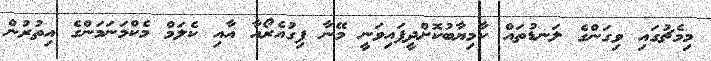
މިމެޗުގައި ވިގަންގެ ލަނޑުތައް ކާމިޔާބުކޮށްދީފައިވަނީ މޭނާ ފިގުއެރޯއާ އާއި ކެލަމް މެކްމަނަމަންގެ އިތުރުން